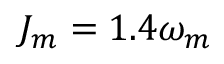
J _ { m } = 1 . 4 \omega _ { m }